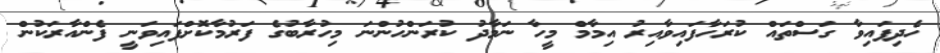
ހެދިފައިވާ ގަސްތައް ކުރަހާފައިވާއިރު އިމާމް މީހާ ނަމާދު ކުރަންހުންނަ މިހުރާބުގެ ފަރުމާކޮށްފައިވަނީ ފެންއާރަކުން